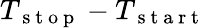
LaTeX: T_{\mathrm{~s~t~o~p~}}-T_{\mathrm{~s~t~a~r~t~}}